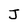
Character: J